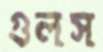
গুলস